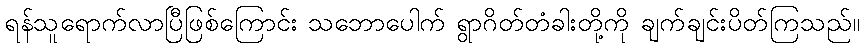
ရန်သူရောက်လာပြီဖြစ်ကြောင်း သဘောပေါက် ရွာဂိတ်တံခါးတို့ကို ချက်ချင်းပိတ်ကြသည်။